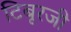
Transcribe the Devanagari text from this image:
टिबूरजी